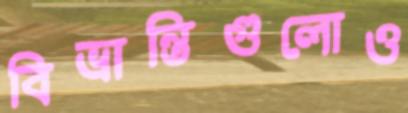
বিভ্রান্তিগুলোও